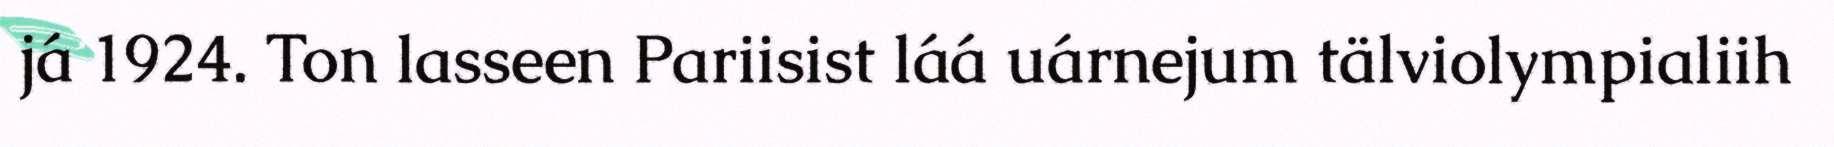
já 1924. Ton lasseen Pariisist láá uárnejum tälviolympialiih